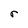
Character: r